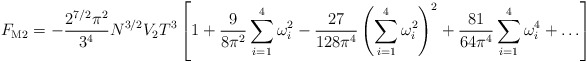
\begin{align*} F_{\rm M2} = -\frac{2^{7/2} \pi^2}{3^4} N^{3/2}V_2 T^3 \left[ 1 + \frac{9}{8 \pi^2} \sum_{i=1}^4 \omega_i^2 - \frac{27}{128 \pi^4 }\left( \sum_{i=1}^4 \omega_i^2 \right)^2 + \frac{81}{64 \pi^4 }\sum_{i=1}^4 \omega_i^4 + \ldots \right]\end{align*}